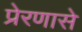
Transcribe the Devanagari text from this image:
प्रेरणासे